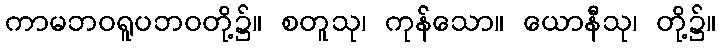
ကာမဘဝရူပဘဝတို့၌။ စတူသု၊ ကုန်သော။ ယောနီသု၊ တို့၌။